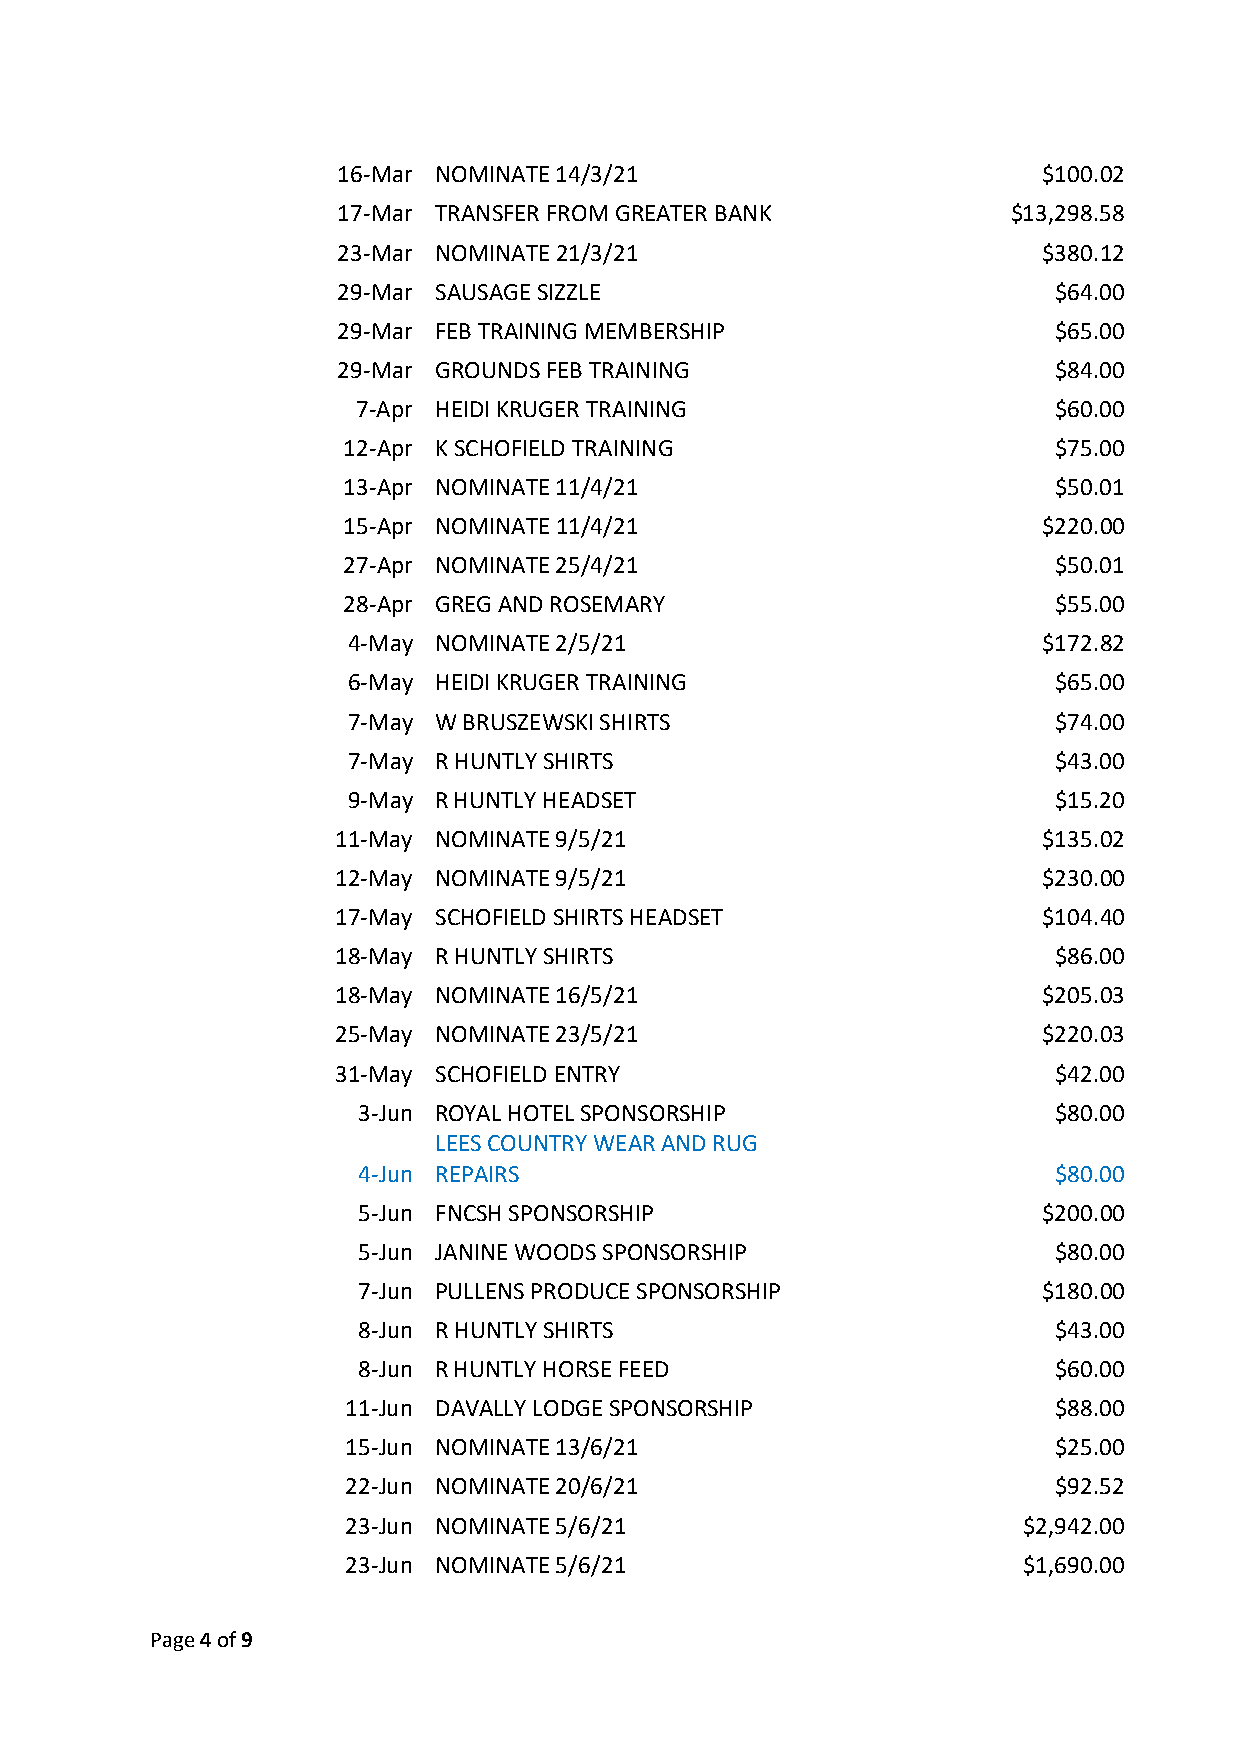
16-Mar NOMINATE 14/3/21                        $100.02
 17-Mar TRANSFER FROM GREATER BANK            $13,298.58
 23-Mar NOMINATE 21/3/21                        $380.12
 29-Mar SAUSAGE SIZZLE                           $64.00
 29-Mar FEB TRAINING MEMBERSHIP                  $65.00
 29-Mar GROUNDS FEB TRAINING                     $84.00
 7-Apr HEIDI KRUGER TRAINING                   $60.00
 12-Apr K SCHOFIELD TRAINING                    $75.00
 13-Apr NOMINATE 11/4/21                        $50.01
 15-Apr NOMINATE 11/4/21                       $220.00
 27-Apr NOMINATE 25/4/21                        $50.01
 28-Apr GREG AND ROSEMARY                       $55.00
 4-May NOMINATE 2/5/21                         $172.82
 6-May HEIDI KRUGER TRAINING                    $65.00
 7-May W BRUSZEWSKI SHIRTS                      $74.00
 7-May R HUNTLY SHIRTS                          $43.00
 9-May R HUNTLY HEADSET                         $15.20
 11-May NOMINATE 9/5/21                         $135.02
 12-May NOMINATE 9/5/21                         $230.00
 17-May SCHOFIELD SHIRTS HEADSET                $104.40
 18-May R HUNTLY SHIRTS                          $86.00
 18-May NOMINATE 16/5/21                        $205.03
 25-May NOMINATE 23/5/21                        $220.03
 31-May SCHOFIELD ENTRY                          $42.00
 3-Jun ROYAL HOTEL SPONSORSHIP                 $80.00
 LEES COUNTRY WEAR AND RUG
 4-Jun REPAIRS                                 $80.00
 5-Jun FNCSH SPONSORSHIP                      $200.00
 5-Jun JANINE WOODS SPONSORSHIP                $80.00
 7-Jun PULLENS PRODUCE SPONSORSHIP            $180.00
 8-Jun R HUNTLY SHIRTS                         $43.00
 8-Jun R HUNTLY HORSE FEED                     $60.00
 11-Jun DAVALLY LODGE SPONSORSHIP               $88.00
 15-Jun NOMINATE 13/6/21                        $25.00
 22-Jun NOMINATE 20/6/21                        $92.52
 23-Jun NOMINATE 5/6/21                       $2,942.00
 23-Jun NOMINATE 5/6/21                       $1,690.00
 Page 4 of 9